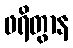
ဖရိတွာန